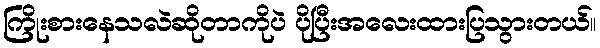
ကြိုးစားနေသလဲဆိုတာကိုပဲ ပိုပြီးအလေးထားပြသွားတယ်။